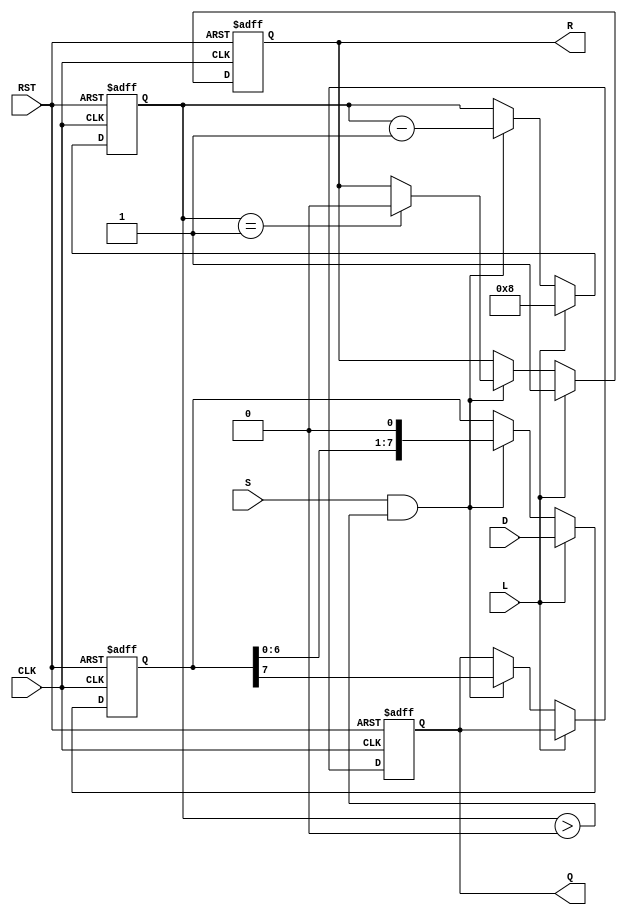
module PISO_Register #(
    parameter WIDTH = 8  // Width of the data bus
)(
    input wire [WIDTH-1:0] D,   // Data inputs
    input wire L,                // Load signal
    input wire S,                // Shift signal
    input wire CLK,              // Clock signal
    input wire RST,              // Reset signal
    output reg Q,                // Serial output
    output reg R                 // Ready signal
);

    reg [WIDTH-1:0] R_reg;       // Internal register to hold data
    reg [3:0] shift_count;       // Counter to track the number of shifts

    always @(posedge CLK or posedge RST) begin
        if (RST) begin
            R_reg <= 0;          // Clear the register on reset
            Q <= 0;              // Clear the serial output
            R <= 0;              // Clear the ready signal
            shift_count <= 0;    // Reset shift counter
        end else begin
            if (L) begin
                R_reg <= D;      // Load data into the register
                shift_count <= WIDTH; // Set shift count to the width of the data
                R <= 1;          // Indicate that the register is ready to shift
            end else if (S && shift_count > 0) begin
                Q <= R_reg[WIDTH-1]; // Shift out the MSB
                R_reg <= {R_reg[WIDTH-2:0], 1'b0}; // Shift left
                shift_count <= shift_count - 1; // Decrement shift count
                if (shift_count == 1) begin
                    R <= 0;      // Clear ready signal when done shifting
                end
            end
        end
    end

endmodule